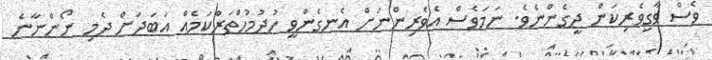
ވެސް ވާގިިވެރިކަން ދީގެންނެވެ. ނަމަވެސް އެވެރިންނަށް އެނގެންވީ ހުދުމުހްތަރާުކަމެއް އަބަދަށް ދެމި ނޯންނާނެ